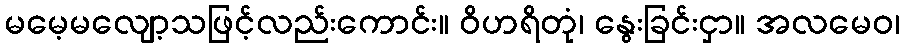
မမေ့မလျော့သဖြင့်လည်းကောင်း။ ဝိဟရိတုံ၊ နွေးခြင်းငှာ။ အလမေဝ၊